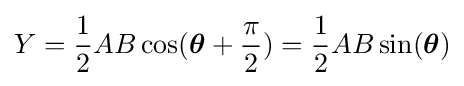
Y={\frac {1}{2}}AB\cos({\boldsymbol {\theta }}+{\frac {\pi }{2}})={\frac {1}{2}}AB\sin({\boldsymbol {\theta }})